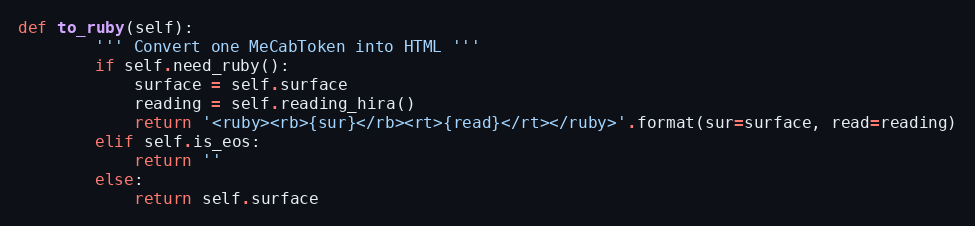
Language: Python
def to_ruby(self):
        ''' Convert one MeCabToken into HTML '''
        if self.need_ruby():
            surface = self.surface
            reading = self.reading_hira()
            return '<ruby><rb>{sur}</rb><rt>{read}</rt></ruby>'.format(sur=surface, read=reading)
        elif self.is_eos:
            return ''
        else:
            return self.surface